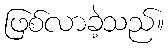
ဖြစ်လာခဲ့သည်။